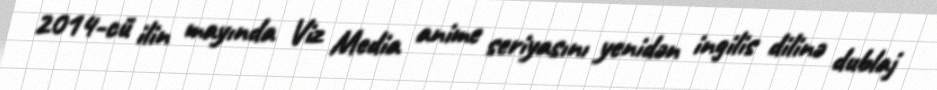
2014-cü ilin mayında Viz Media anime seriyasını yenidən ingilis dilinə dublaj